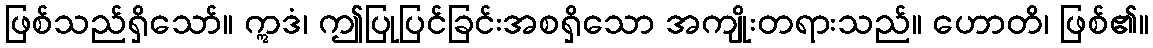
ဖြစ်သည်ရှိသော်။ ဣဒံ၊ ဤပြုပြင်ခြင်းအစရှိသော အကျိုးတရားသည်။ ဟောတိ၊ ဖြစ်၏။